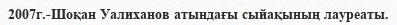
2007г.-Шоқан Уалиханов атындағы сыйақының лауреаты.